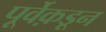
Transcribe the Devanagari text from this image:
पूर्वेक़डून